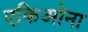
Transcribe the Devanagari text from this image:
एकिओना